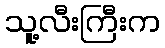
သူ့လီးကြီးက